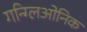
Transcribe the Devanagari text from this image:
गन्ग्लिओनिक